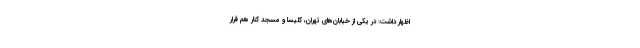
اظهار داشت: در یکی از خیابان‌های تهران، کلیسا و مسجد کنار هم قرار